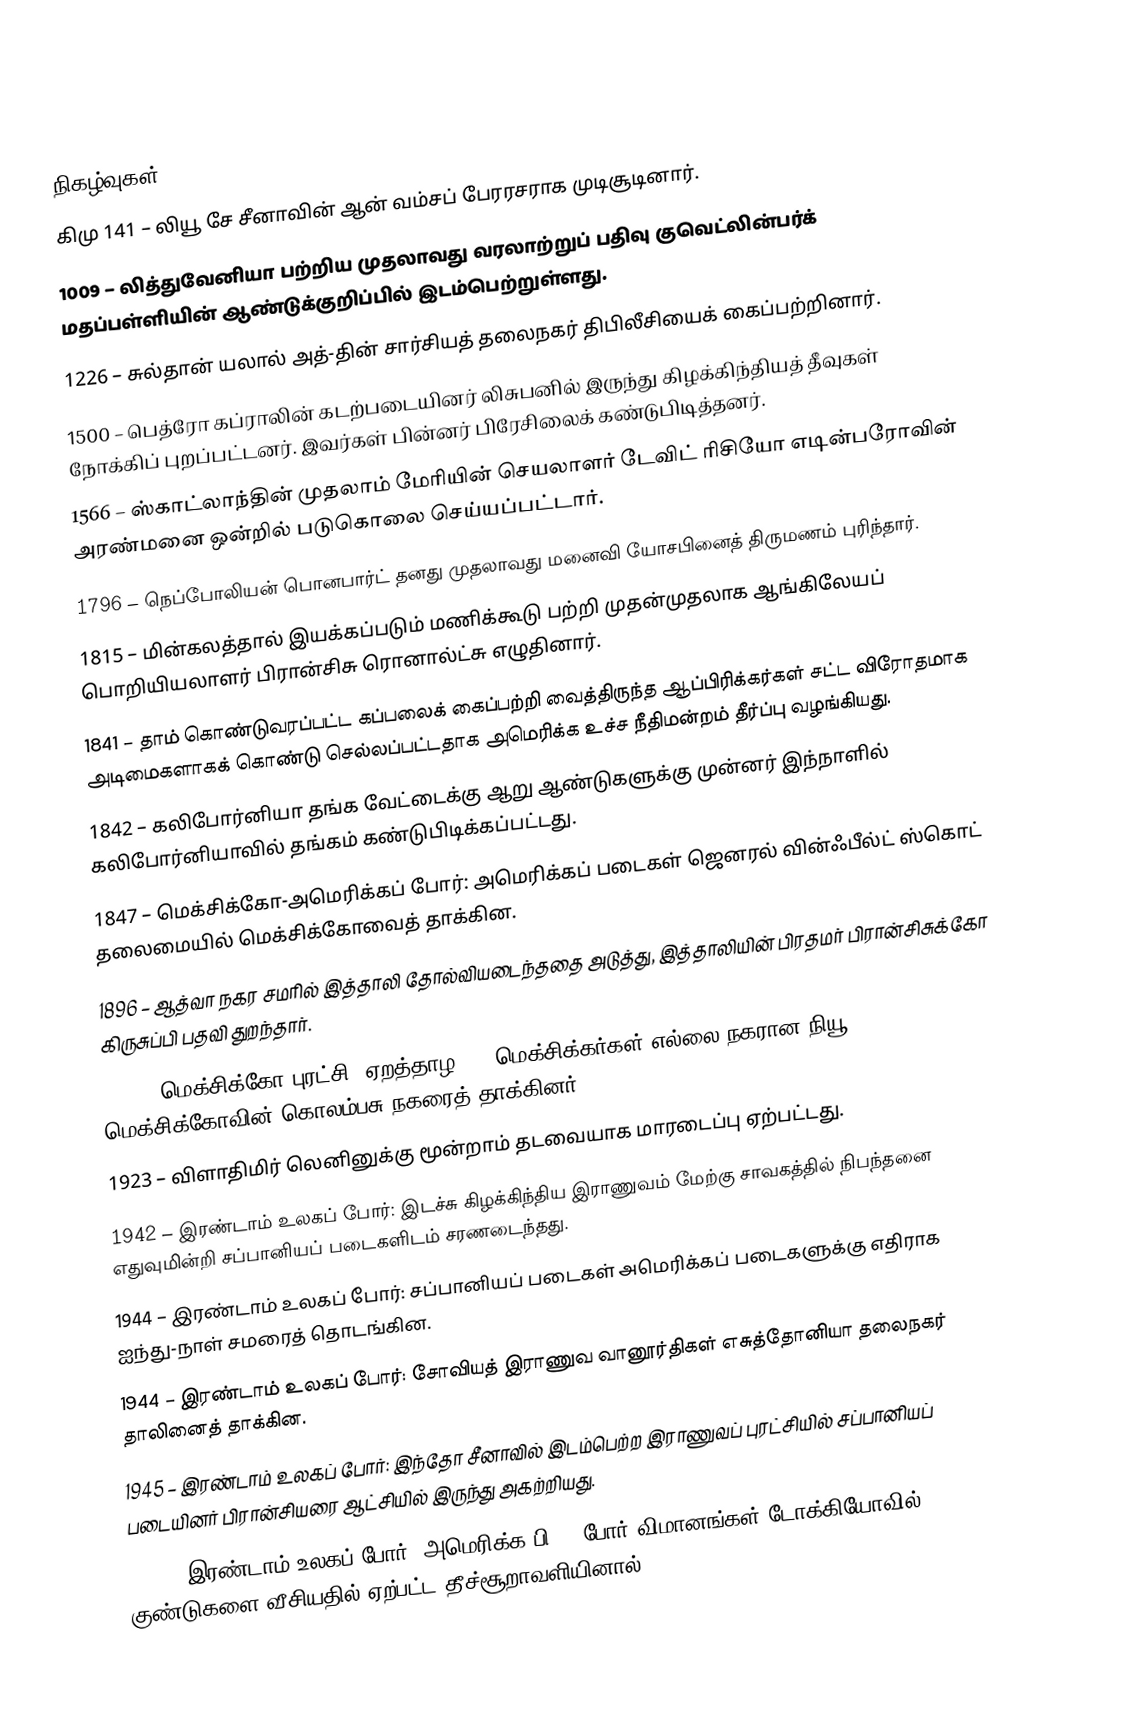

நிகழ்வுகள்
கிமு 141 – லியூ சே சீனாவின் ஆன் வம்சப் பேரரசராக முடிசூடினார்.
1009 – லித்துவேனியா பற்றிய முதலாவது வரலாற்றுப் பதிவு குவெட்லின்பர்க் மதப்பள்ளியின் ஆண்டுக்குறிப்பில் இடம்பெற்றுள்ளது.
1226 – சுல்தான் யலால் அத்-தின் சார்சியத் தலைநகர் திபிலீசியைக் கைப்பற்றினார்.
1500 – பெத்ரோ கப்ராலின் கடற்படையினர் லிசுபனில் இருந்து கிழக்கிந்தியத் தீவுகள் நோக்கிப் புறப்பட்டனர். இவர்கள் பின்னர் பிரேசிலைக் கண்டுபிடித்தனர்.
1566 – ஸ்காட்லாந்தின் முதலாம் மேரியின் செயலாளர் டேவிட் ரிசியோ எடின்பரோவின் அரண்மனை ஒன்றில் படுகொலை செய்யப்பட்டார்.
1796 – நெப்போலியன் பொனபார்ட் தனது முதலாவது மனைவி யோசபினைத் திருமணம் புரிந்தார்.
1815 – மின்கலத்தால் இயக்கப்படும் மணிக்கூடு பற்றி முதன்முதலாக ஆங்கிலேயப் பொறியியலாளர் பிரான்சிசு ரொனால்ட்சு எழுதினார்.
1841 – தாம் கொண்டுவரப்பட்ட கப்பலைக் கைப்பற்றி வைத்திருந்த ஆப்பிரிக்கர்கள் சட்ட விரோதமாக அடிமைகளாகக் கொண்டு செல்லப்பட்டதாக அமெரிக்க உச்ச நீதிமன்றம் தீர்ப்பு வழங்கியது.
1842 – கலிபோர்னியா தங்க வேட்டைக்கு ஆறு ஆண்டுகளுக்கு முன்னர் இந்நாளில் கலிபோர்னியாவில் தங்கம் கண்டுபிடிக்கப்பட்டது.
1847 – மெக்சிக்கோ-அமெரிக்கப் போர்: அமெரிக்கப் படைகள் ஜெனரல் வின்ஃபீல்ட் ஸ்கொட் தலைமையில் மெக்சிக்கோவைத் தாக்கின.
1896 – ஆத்வா நகர சமரில் இத்தாலி தோல்வியடைந்ததை அடுத்து, இத்தாலியின் பிரதமர் பிரான்சிசுக்கோ கிருசுப்பி பதவி துறந்தார்.
1916 – மெக்சிக்கோ புரட்சி: ஏறத்தாழ 500 மெக்சிக்கர்கள் எல்லை நகரான நியூ மெக்சிக்கோவின் கொலம்பசு நகரைத் தாக்கினர்.
1923 – விளாதிமிர் லெனினுக்கு மூன்றாம் தடவையாக மாரடைப்பு ஏற்பட்டது.
1942 – இரண்டாம் உலகப் போர்: இடச்சு கிழக்கிந்திய இராணுவம் மேற்கு சாவகத்தில் நிபந்தனை எதுவுமின்றி சப்பானியப் படைகளிடம் சரணடைந்தது.
1944 – இரண்டாம் உலகப் போர்: சப்பானியப் படைகள் அமெரிக்கப் படைகளுக்கு எதிராக ஐந்து-நாள் சமரைத் தொடங்கின.
1944 – இரண்டாம் உலகப் போர்: சோவியத் இராணுவ வானூர்திகள் எசுத்தோனியா தலைநகர் தாலினைத் தாக்கின.
1945 – இரண்டாம் உலகப் போர்: இந்தோ சீனாவில் இடம்பெற்ற இராணுவப் புரட்சியில் சப்பானியப் படையினர் பிரான்சியரை ஆட்சியில் இருந்து அகற்றியது.
1945 – இரண்டாம் உலகப் போர்: அமெரிக்க பி-29 போர் விமானங்கள் டோக்கியோவில் குண்டுகளை வீசியதில் ஏற்பட்ட தீச்சூறாவளியினால்